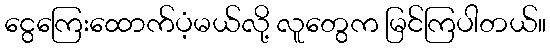
ငွေကြေးထောက်ပံ့မယ်လို့ လူတွေက မြင်ကြပါတယ်။